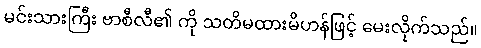
မင်းသားကြီး ဗာစီလီ၏ ကို သတိမထားမိဟန်ဖြင့် မေးလိုက်သည်။